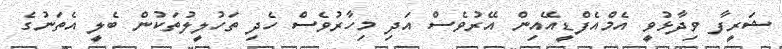
ޝަރީފާ ވިދާޅުވީ އެމްއެފްޑީއޭއިން އޭރުވެސް އަދި މިހާރުވެސް ހެދި ތަހުލީލުތަކުން ބެލީ އެތަނުގެ